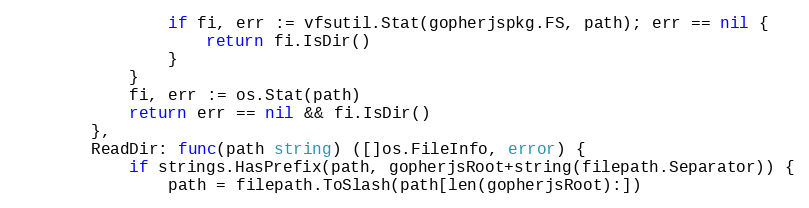
Language: Go
				if fi, err := vfsutil.Stat(gopherjspkg.FS, path); err == nil {
					return fi.IsDir()
				}
			}
			fi, err := os.Stat(path)
			return err == nil && fi.IsDir()
		},
		ReadDir: func(path string) ([]os.FileInfo, error) {
			if strings.HasPrefix(path, gopherjsRoot+string(filepath.Separator)) {
				path = filepath.ToSlash(path[len(gopherjsRoot):])